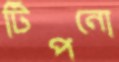
টিপনো